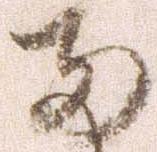
両